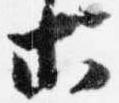
等